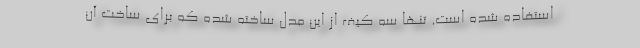
استفاده شده است. تنها سه کیف از این مدل ساخته شده که برای ساخت آن